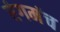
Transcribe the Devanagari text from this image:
रंगमंंच